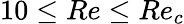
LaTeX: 10\leq Re\leq Re_{c}